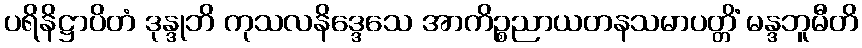
ပရိနိဋ္ဌာပိတံ ဒုန္ဒုဘိ ကုသလနိဒ္ဒေသေ အာကိဉ္စညာယတနသမာပတ္တိံ မန္ဒဘူမီတိ